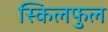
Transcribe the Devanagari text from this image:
स्किलफुल